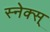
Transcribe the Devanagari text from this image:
स्नेक्स्